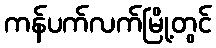
ကန်ပက်လက်မြို့တွင်